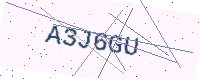
Text: A3J6GU